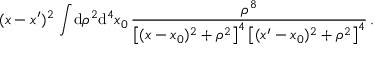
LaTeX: ( x - x ^ { \prime } ) ^ { 2 } \, \int \! \mathrm { d } \rho ^ { 2 } \mathrm { d } ^ { 4 } x _ { 0 } \, \frac { \rho ^ { 8 } } { \left[ ( x - x _ { 0 } ) ^ { 2 } + \rho ^ { 2 } \right] ^ { 4 } \left[ ( x ^ { \prime } - x _ { 0 } ) ^ { 2 } + \rho ^ { 2 } \right] ^ { 4 } } \, .